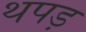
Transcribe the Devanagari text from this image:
थपड़